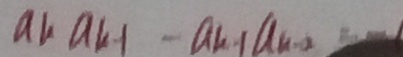
a k a k - 1 - a k - _ { 1 } a _ { n - 2 }